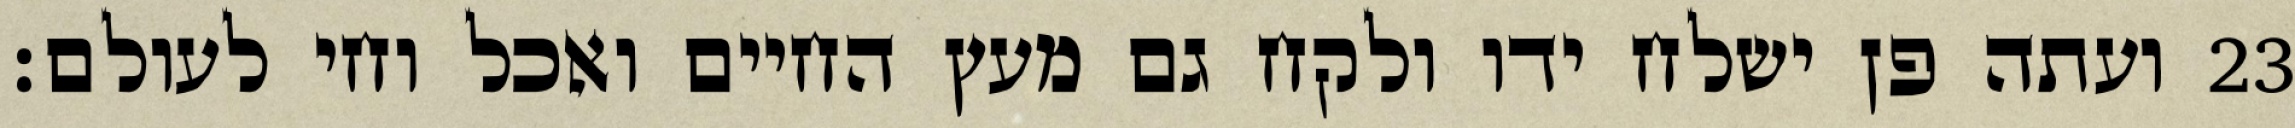
ועתה פן ישלח ידו ולקח גם מעץ החיים ואכל וחי לעולם׃ ‎23‏